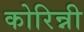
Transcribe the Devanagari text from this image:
कोरिन्नी